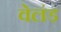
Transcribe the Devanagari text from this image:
वेलंड